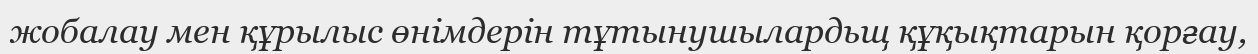
жобалау мен құрылыс өнімдерін тұтынушылардьщ құқықтарын қорғау,